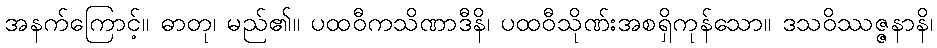
အနက်ကြောင့်။ ဓာတု၊ မည်၏။ ပထဝီကသိဏာဒီနိ၊ ပထဝီသိုဏ်းအစရှိကုန်သော။ ဒသဝိဿဇ္ဇနာနိ၊